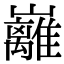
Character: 𡿎